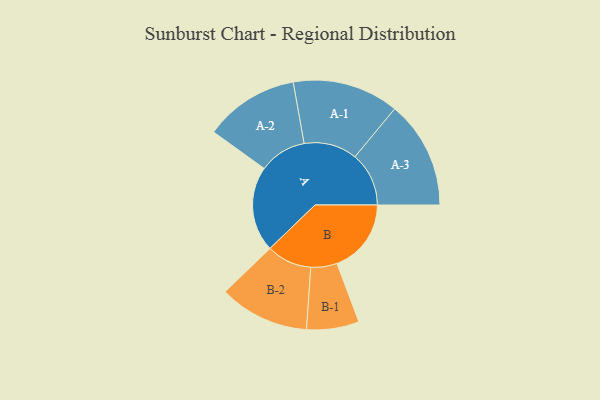
{"axis": {"x": "Segment", "y": "Value"}, "legend": ["", "A", "B"], "data": [{"x": "A", "y": 348, "type": ""}, {"x": "B", "y": 303, "type": ""}, {"x": "A-1", "y": 217, "type": "A"}, {"x": "A-2", "y": 193, "type": "A"}, {"x": "A-3", "y": 220, "type": "A"}, {"x": "B-1", "y": 107, "type": "B"}, {"x": "B-2", "y": 184, "type": "B"}]}